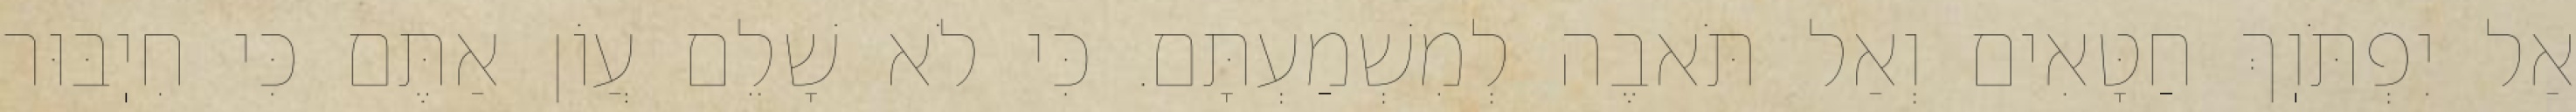
אַל יִפְתֹּוֽךְ חַטָּאִים וְאַל תֹּאבֶה לְמִשְׁמַעְתָּם. כִּי לֹא שָׁלֵם עֲוֹן אַתֶּם כִּי חִיֽבּוּר